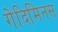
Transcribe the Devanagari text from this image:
गेदिमिनस